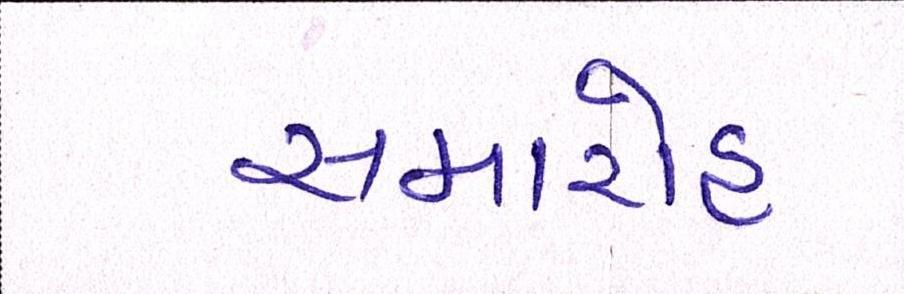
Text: સમારોહ